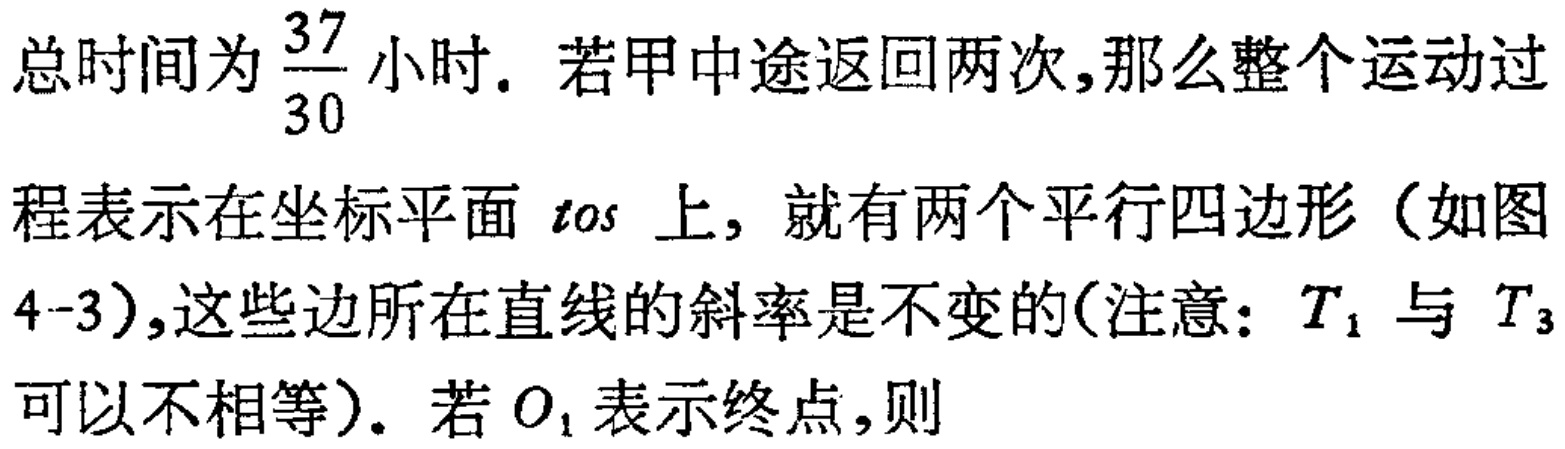
总时间为$\frac{37}{30}$小时. 若甲中途返回两次,那么整个运动过
程表示在坐标平面$tos$ 上, 就有两个平行四边形（如图
4-3）,这些边所在直线的斜率是不变的(注意：$T_{1}$与$T_{3}$
可以不相等). 若$O_{1}$表示终点,则